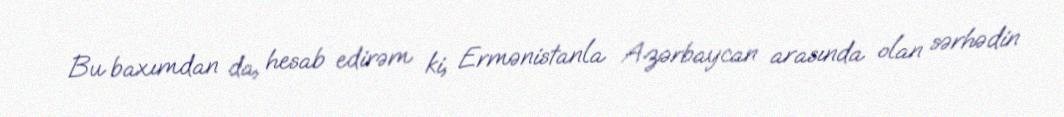
Bu baxımdan da, hesab edirəm ki, Ermənistanla Azərbaycan arasında olan sərhədin